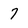
Character: 7